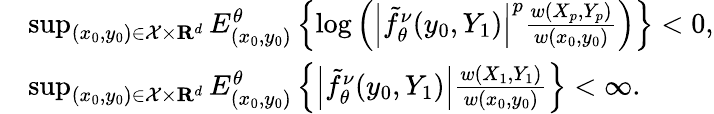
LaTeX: \begin{array}{rl}&{\operatorname*{sup}_{(x_{0},y_{0})\in\mathcal{X}\times{\mathbf R}^{d}}E_{(x_{0},y_{0})}^{\theta}\left\{ \log\left(\left\vert\tilde{f}_{\theta}^{\nu}(y_{0},Y_{1})\right\vert^{p}\frac{w(X_{p},Y_{p})}{w(x_{0},y_{0})}\right)\right\} <0,}\\ &{\operatorname*{sup}_{(x_{0},y_{0})\in\mathcal{X}\times{\mathbf R}^{d}}E_{(x_{0},y_{0})}^{\theta}\left\{ \left\vert\tilde{f}_{\theta}^{\nu}(y_{0},Y_{1})\right\vert\frac{w(X_{1},Y_{1})}{w(x_{0},y_{0})}\right\} <\infty.}\end{array}